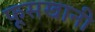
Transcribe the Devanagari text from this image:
फूसखानी